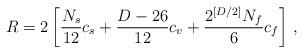
LaTeX: \begin{align*}R=2\left[\frac{N_s}{12}c_s+\frac{D-26}{12}c_v+\frac{2^{[D/2]}N_f}{6}c_f\right]\,,\end{align*}